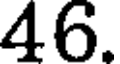
46.